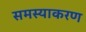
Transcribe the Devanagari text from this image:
समस्याकरण